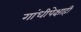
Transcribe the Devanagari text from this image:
गांधीपेक्षाही